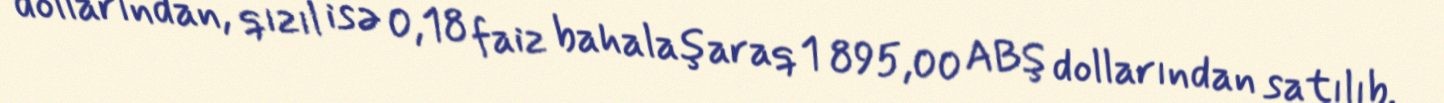
dollarından, qızıl isə 0,18 faiz bahalaşaraq 1 895,00 ABŞ dollarından satılıb.